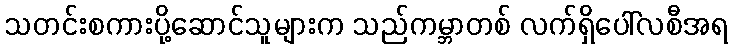
သတင်းစကားပို့ဆောင်သူများက သည်ကမ္ဘာတစ် လက်ရှိပေါ်လစီအရ